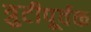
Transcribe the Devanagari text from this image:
त्रुटीपूर्वक